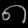
Digit: ၈